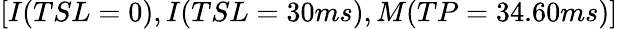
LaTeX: [I(TSL=0),I(TSL=30ms),M(TP=34.60ms)]